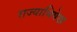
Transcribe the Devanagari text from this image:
राज्याभिषेख